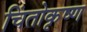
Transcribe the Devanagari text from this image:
चिंतोकृष्ण